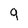
Character: 9